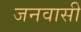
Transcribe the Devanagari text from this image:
जनवासी